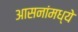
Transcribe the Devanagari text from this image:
आसनांमध्ये